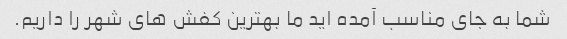
شما به جای مناسب آمده اید ما بهترین کفش های شهر را داریم.